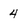
Character: 4